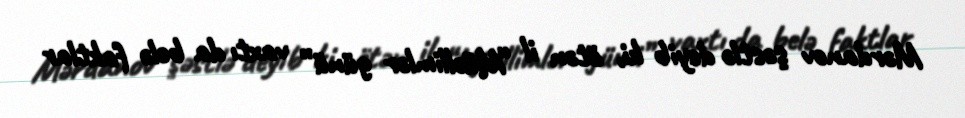
Mərdanov şəstlə deyib ki, ötən il “Müəllimlər günü” vaxtı da belə faktlar